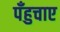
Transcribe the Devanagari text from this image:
पँहुचाए